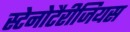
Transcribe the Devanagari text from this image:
स्टेनोटैरीजियस